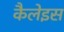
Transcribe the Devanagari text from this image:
कैलेइस